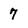
Character: 7